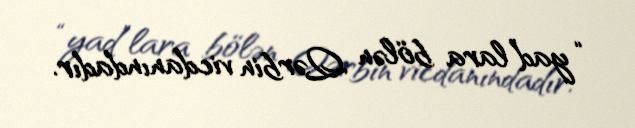
“yad”lara bölən Qərbin vicdanındadır.